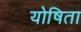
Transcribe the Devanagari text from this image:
योषिता